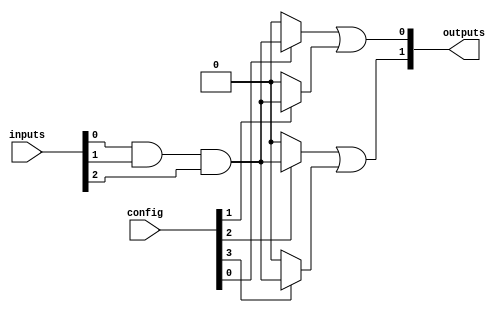
module flash_programmable_pal #(
    parameter NUM_INPUTS = 8,        // Number of input signals
    parameter NUM_AND_GATES = 4,     // Number of AND gates
    parameter NUM_OR_GATES = 2        // Number of OR gates
)(
    input wire [NUM_INPUTS - 1:0] inputs,          // Input lines
    input wire [NUM_AND_GATES - 1:0] config,       // Configuration bits for AND gates
    output wire [NUM_OR_GATES - 1:0] outputs        // Output lines
);

// Intermediate signals for the outputs of AND gates
wire [NUM_AND_GATES - 1:0] and_outputs;

// AND gate array (programmable)
genvar i;
generate
    for (i = 0; i < NUM_AND_GATES; i = i + 1) begin : and_array
        assign and_outputs[i] = (config[i] == 1'b1) ? 
            (inputs[0] & inputs[1] & inputs[2]) : 1'b0; // Example logic: AND of inputs 0-2
    end
endgenerate

// OR gate array (fixed)
assign outputs[0] = and_outputs[0] | and_outputs[1]; // OR gate 1: Combines outputs of AND gates 0 and 1
assign outputs[1] = and_outputs[2] | and_outputs[3]; // OR gate 2: Combines outputs of AND gates 2 and 3

endmodule